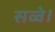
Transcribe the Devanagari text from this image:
सव्वे।